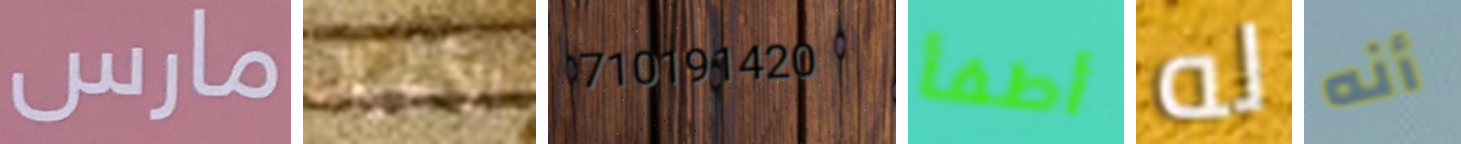
مارس الأجيال 710191420 أطفأ له أنه